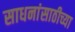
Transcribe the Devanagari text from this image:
साधनांसाठीच्या